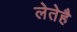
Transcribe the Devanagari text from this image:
लेतेहै